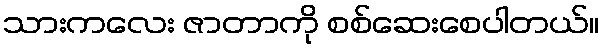
သားကလေး ဇာတာကို စစ်ဆေးစေပါတယ်။